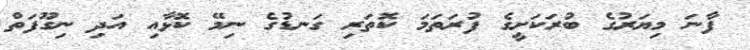
ފާނަ މިޔަރުގެ ބުރަކަށީގެ ފުރަތަމަ ކޮތަރި ގަނޑުގެ ނިމޭ ކޮޅާއި އަދި ނިގޫފަތް